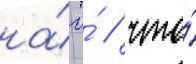
на́ то́ / что́